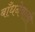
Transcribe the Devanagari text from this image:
बाँधनेवाली